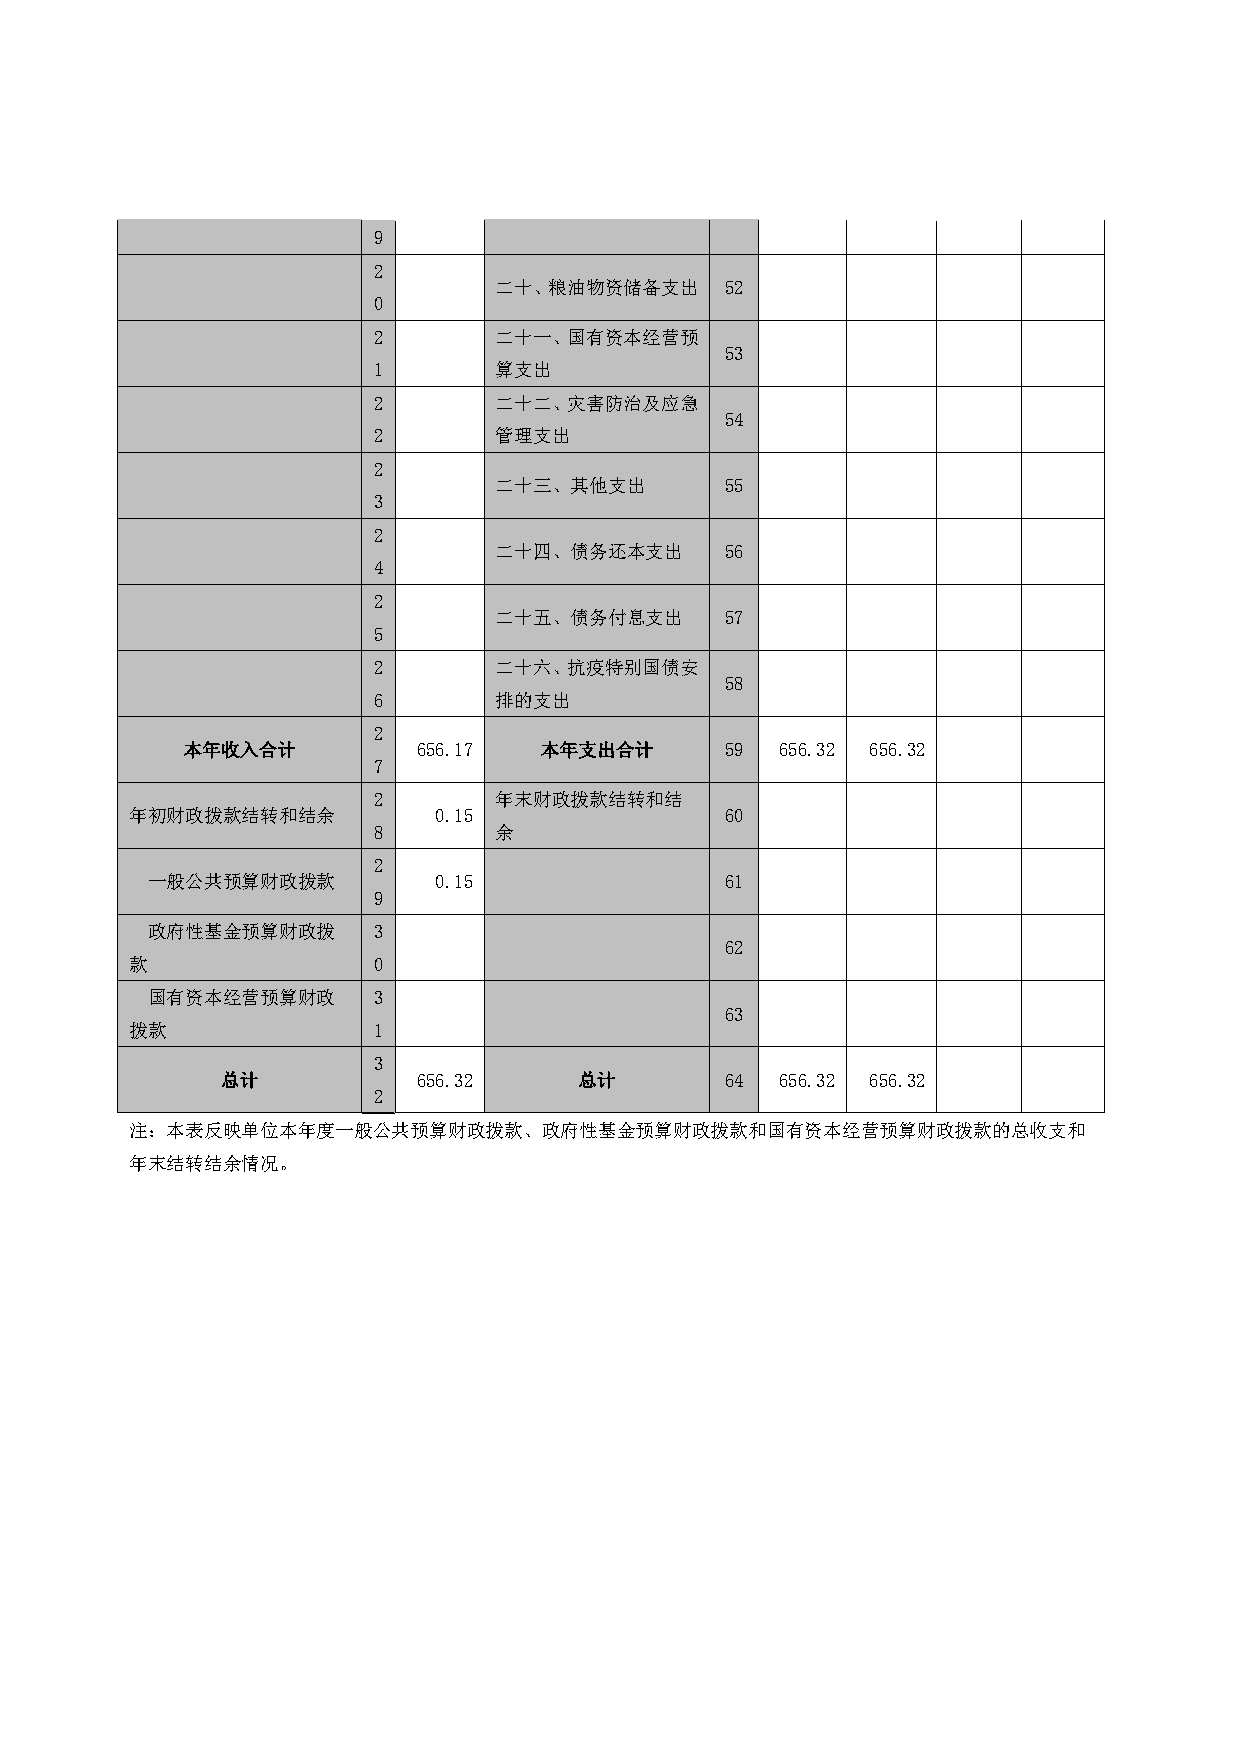
9
 2
 二十、粮油物资储备支出    52
 0
 2       二十一、国有资本经营预
 53
 1       算支出
 2       二十二、灾害防治及应急
 54
 2       管理支出
 2
 二十三、其他支出       55
 3
 2
 二十四、债务还本支出     56
 4
 2
 二十五、债务付息支出     57
 5
 2       二十六、抗疫特别国债安
 58
 6       排的支出
 2
 本年收入合计          656.17  本年支出合计      59  656.32 656.32
 7
 2       年末财政拨款结转和结
 年初财政拨款结转和结余         0.15               60
 8       余
 2
 一般公共预算财政拨款         0.15               61
 9
 政府性基金预算财政拨     3
 62
 款               0
 国有资本经营预算财政     3
 63
 拨款              1
 3
 总计           656.32    总计        64  656.32 656.32
 2
 注：本表反映单位本年度一般公共预算财政拨款、政府性基金预算财政拨款和国有资本经营预算财政拨款的总收支和
 年末结转结余情况。